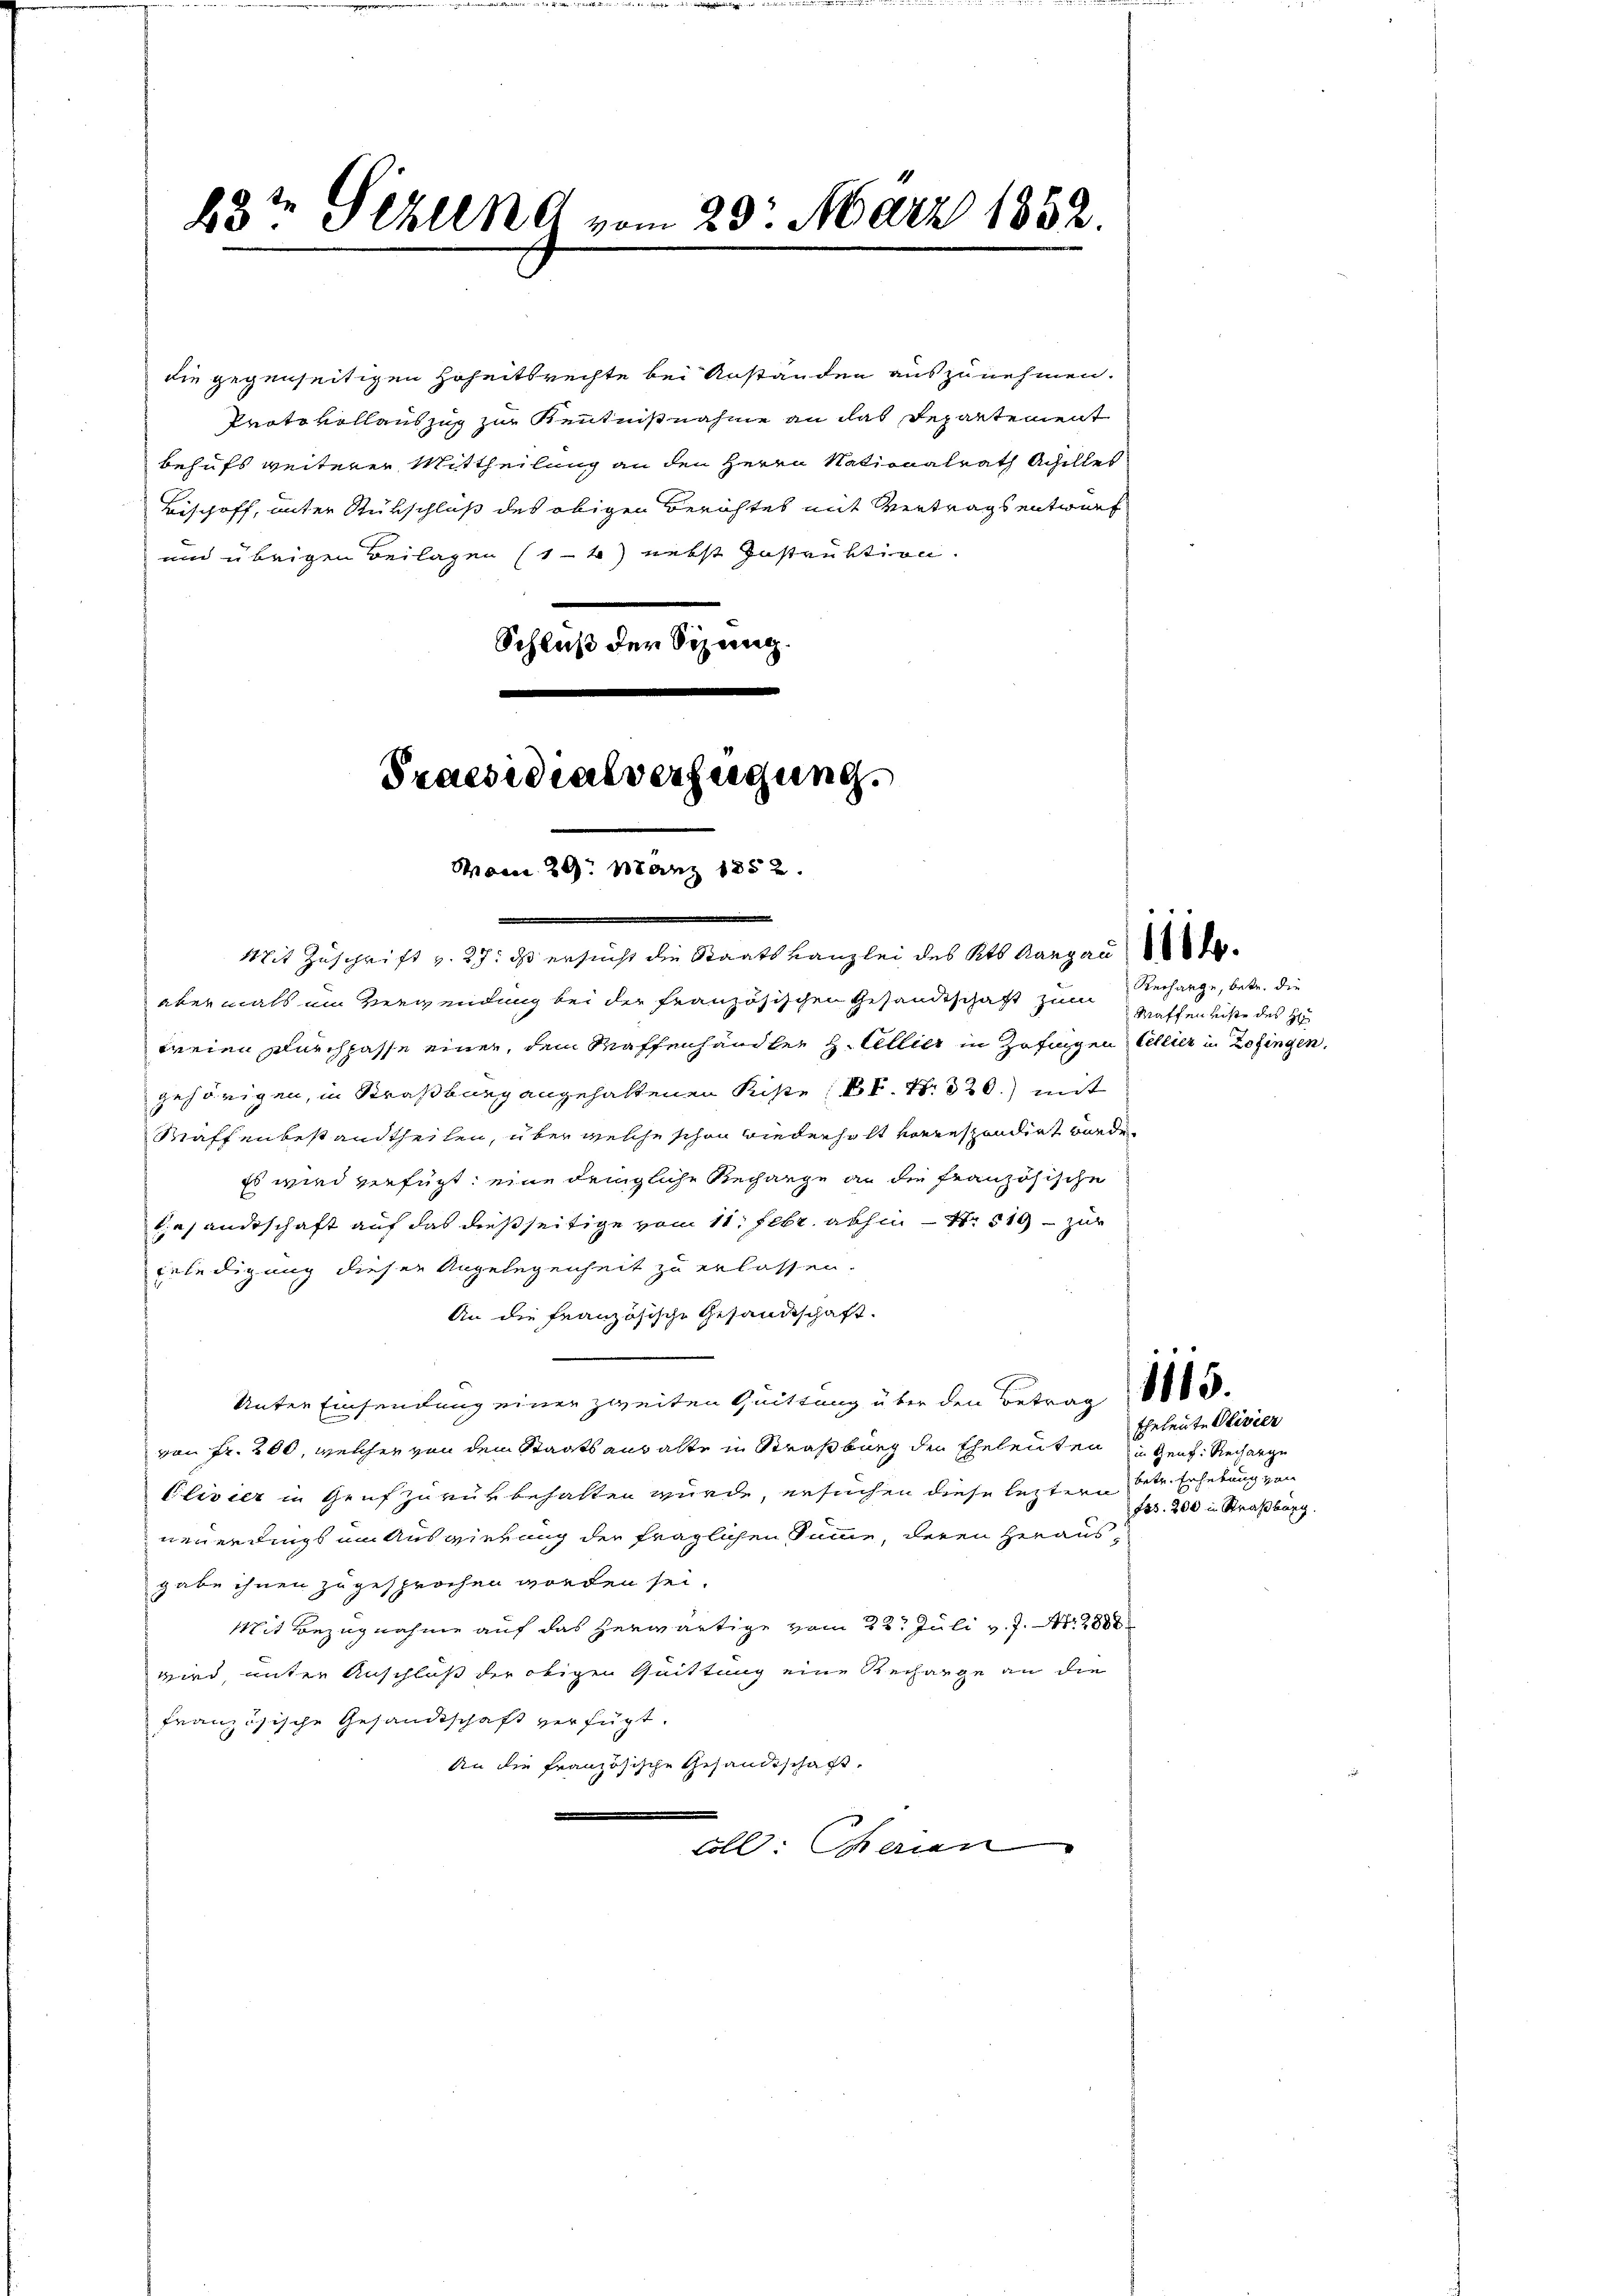
83t Sekund vom 29. März 1852

Praesidialverfügung.
Vom 29. März 1852.

die gegenseitigen Erheitsrechte bei Anständen auszunehmen.
Protokollauszug zur Kenntnißnahme an das Departement
behufs weiterer Mittheilung an den Herrn Nationalrath Achilles
Bischoff, unter Rückschluß des obigen Berichtes mit Vertrags entwurf
und übrigen Beilagen (14) nebst Instruktion.
Schluß der Sitzung.
Mit Zuschrift v. 27. ds ersucht die Staatskanzlei des Kts. Aargau
abermals um Verwendung bei der französischen Gesandtschaft zum Recharge, betr. die
weien durchpasse einer, dem Waffenhändler H. Allier in Zofingen Cellier in Zofingen,
gehörigen, in Straßburg angehaltenen Kistes kk. N. 320.) mit
Maffenbestandtheilen, über welche schon wiederholt vorrespondirt wurde.
Es wird verfügt, eine dengliche Rechange an die französische
kiesandtschaft auf das dießseitige vom 11. Febr. abhin – N. 519 - zur
Erledigung dieser Angelegenheit zu erlassen.
An die französische Gesandtschaft.
Unter Einhandlung einer zweiten Quittung über den Betrag 8.
von Fr. 200, welcher von dem Staatsanwalte in Straßburg den Eheleuten u Genf. Recharge
Clivier in Genf zurükbehalten wurde, ersuchen diese letztern betr. Erhebung von
neuerdings um Auswierung der fraglichen Summe, deren Herausgabe ihnen zugesprochen worden sei.
Mit Bezugnahme auf das herwärtige vom 22. Juli v. J. N. 2881
wird, unter Anschluß der obigen Quittung eine Recharge an die
französische Gesandtschaft verfügt:
An die französische Gesandtschaft,
.
coll: Gerien

Maffenliste des H

Eheleute Olivier
Bs. 200 in Straßburg.